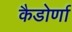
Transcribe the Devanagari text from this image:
कैडोर्णा